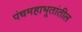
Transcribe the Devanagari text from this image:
पंचमहाभूतांतील